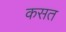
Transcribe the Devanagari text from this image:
कसत